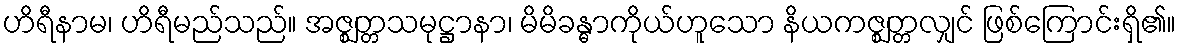
ဟိရီနာမ၊ ဟိရီမည်သည်။ အဇ္ဈတ္တသမုဋ္ဌာနာ၊ မိမိခန္ဓာကိုယ်ဟူသော နိယကဇ္ဈတ္တလျှင် ဖြစ်ကြောင်းရှိ၏။